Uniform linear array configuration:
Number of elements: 4
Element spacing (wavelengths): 1
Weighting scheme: cosine
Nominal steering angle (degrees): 45
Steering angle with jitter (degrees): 44.961
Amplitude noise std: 0.05
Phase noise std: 0.05

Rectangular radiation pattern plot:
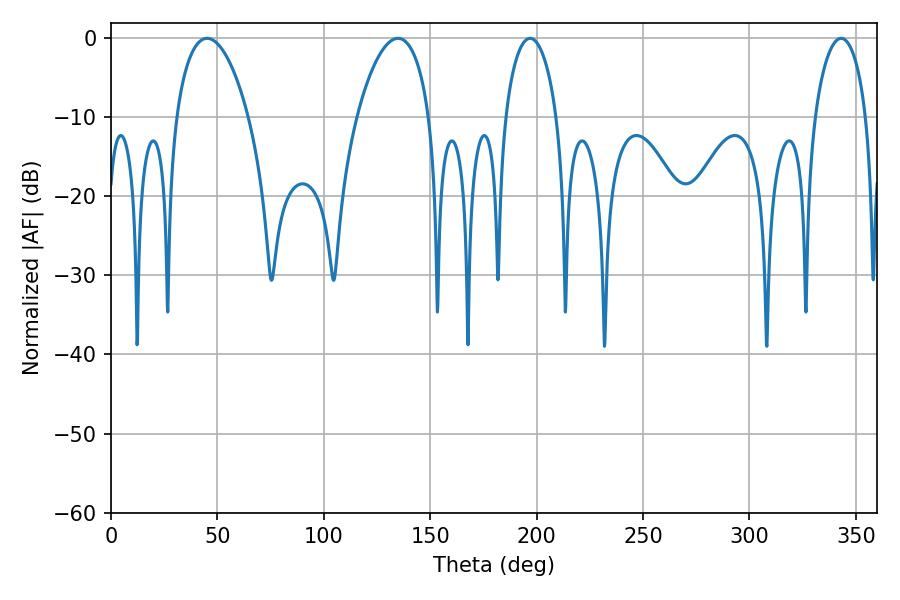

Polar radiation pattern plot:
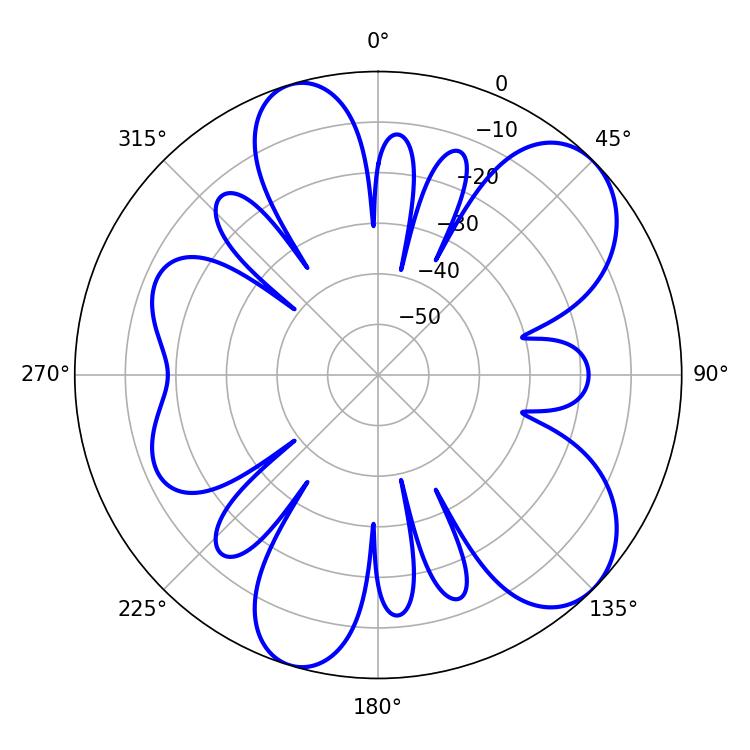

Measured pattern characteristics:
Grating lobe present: TRUE
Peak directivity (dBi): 8.001
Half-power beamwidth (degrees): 13.86
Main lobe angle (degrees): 196.92